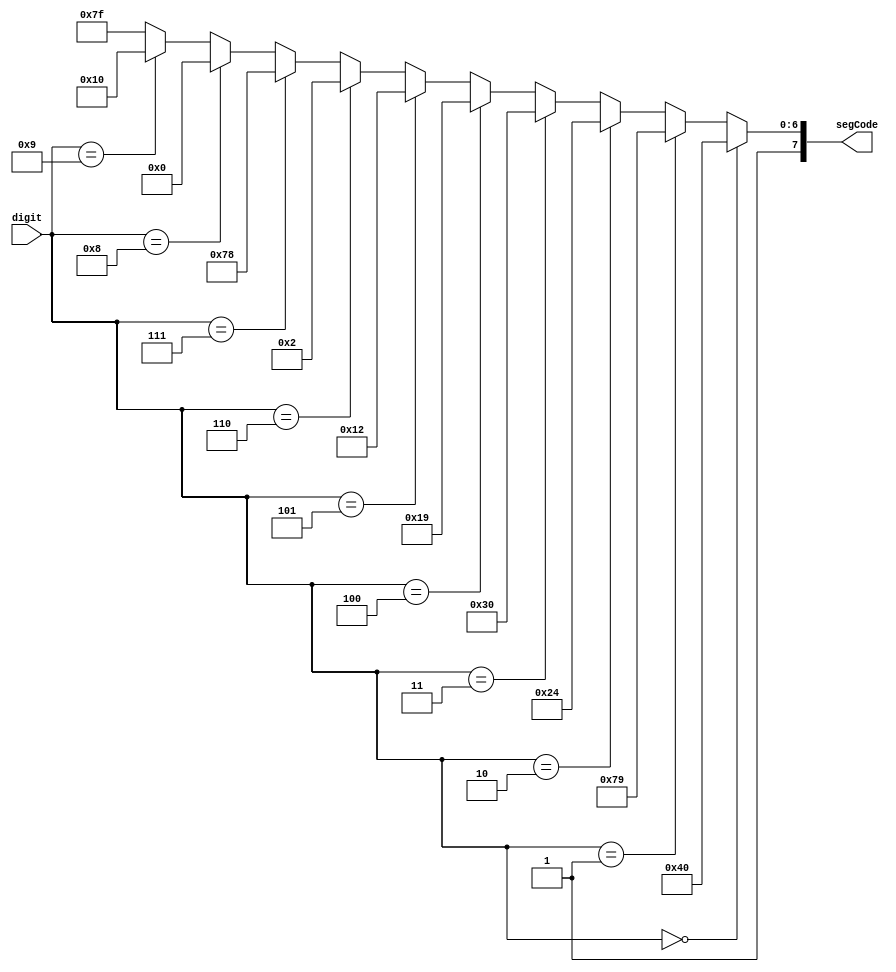
`timescale 1ns / 1ps
//////////////////////////////////////////////////////////////////////////////////
// Company: 
// Engineer: 
// 
// Design Name: 
// Module Name:    comb 
// Project Name: 
// Target Devices: 
// Tool versions: 
// Description: 
//
// Dependencies: 
//
// Revision: 
// Revision 0.01 - File Created
// Additional Comments: 
//
//////////////////////////////////////////////////////////////////////////////////
module display_comb(
	input wire [3:0] digit,
	output wire [7:0] segCode
);

reg[7:0]seven;

always @ (*) begin
	if(digit == 4'h0)
		seven = 8'b11000000;
	else if (digit == 4'h1)
		seven = 8'b11111001;
	else if (digit == 4'h2)
		seven = 8'b10100100;
	else if (digit == 4'h3)
		seven = 8'b10110000;
	else if (digit == 4'h4)
		seven = 8'b10011001;
	else if (digit == 4'h5)
		seven =8'b10010010;
	else if (digit == 4'h6)
		seven = 8'b10000010;
	else if (digit == 4'h7)
		seven = 8'b11111000;
	else if (digit == 4'h8)
		seven = 8'b10000000;
	else if (digit == 4'h9)
		seven = 8'b10010000;
	else
		seven=8'b11111111;
end
assign segCode = seven; 
endmodule